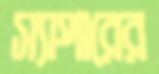
স্যাপারের